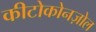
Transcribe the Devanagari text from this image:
कीटोकोनज़ोल